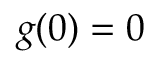
g ( 0 ) = 0